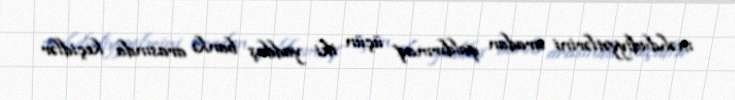
məhdudiyyətlərini aradan qaldırmaq üçün iki yaddaş bankı arasında keçidlər